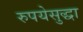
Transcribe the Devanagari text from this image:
रुपयेसुद्धा